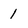
Character: 1